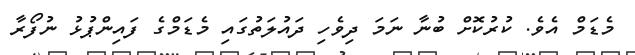
މެޑަމް އެވެ. ކުރުކޮށް ބުނާ ނަމަ ދިވެހި ދައުލަތުގައި މެޑަމްގެ ފައިންޕުޅު ނުފޯރާ